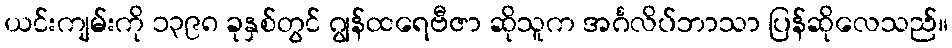
ယင်းကျမ်းကို ၁၃၉၈ ခုနှစ်တွင် ဂျွန်ထရေဗီဇာ ဆိုသူက အင်္ဂလိပ်ဘာသာ ပြန်ဆိုလေသည်။